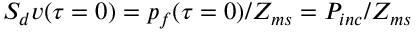
S _ { d } v ( \tau = 0 ) = p _ { f } ( \tau = 0 ) / Z _ { m s } = P _ { i n c } / Z _ { m s }